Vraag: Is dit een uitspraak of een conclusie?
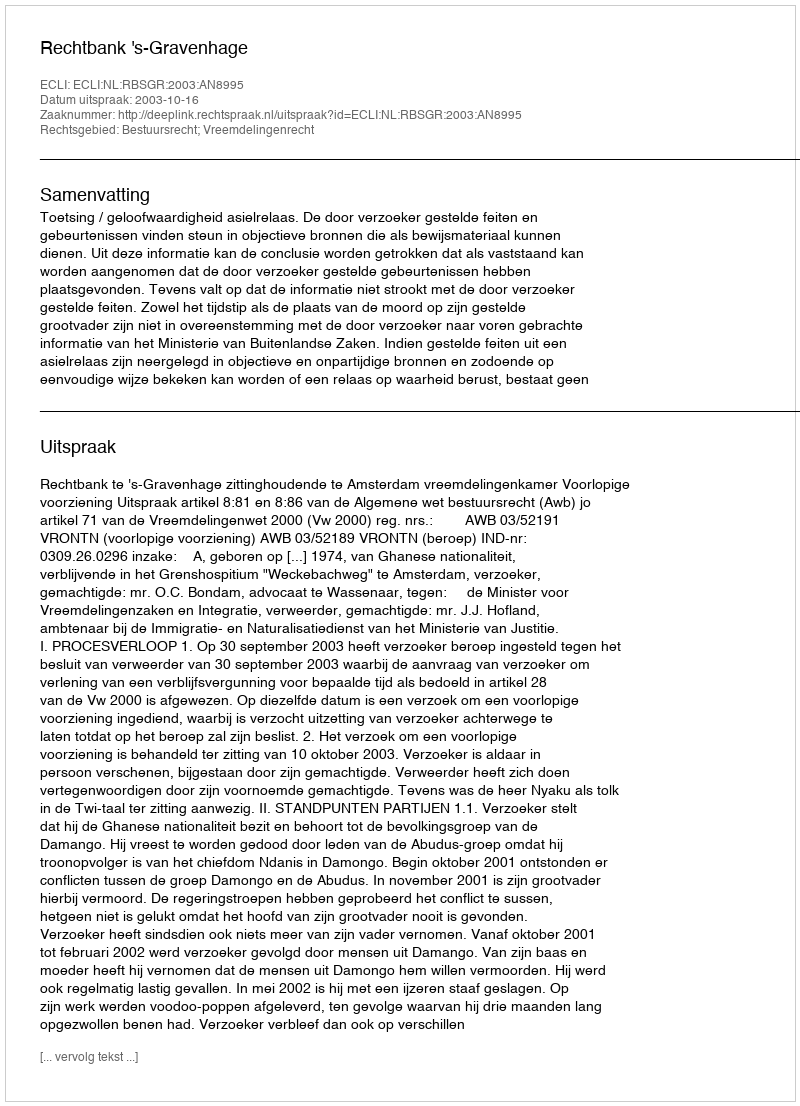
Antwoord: Uitspraak